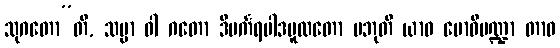
သုဂတော”တိ, သမ္မာ ဝါ ဂတော ဒီပင်္ကရပါဒမူလတော ပဘုတိ ယာဝ ဗောဓိမဏ္ဍာ တာဝ